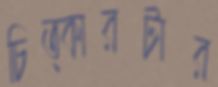
চিত্কারটার